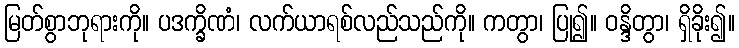
မြတ်စွာဘုရားကို။ ပဒက္ခိဏံ၊ လက်ယာရစ်လည်သည်ကို။ ကတွာ၊ ပြု၍။ ဝန္ဒိတွာ၊ ရှိခိုး၍။